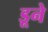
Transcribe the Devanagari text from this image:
डूने